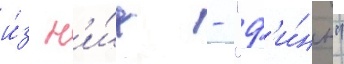
и́з н'и́х - "ф'и́нн"